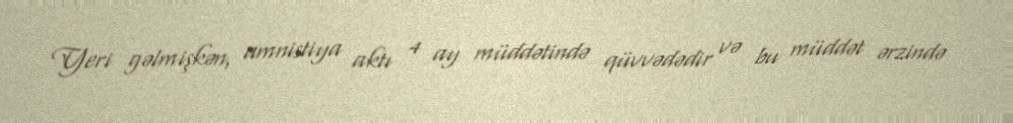
Yeri gəlmişkən, amnistiya aktı 4 ay müddətində qüvvədədir və bu müddət ərzində